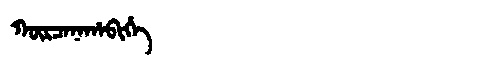
Manchu: ᡴᡡᡵᠴᠠᠨᠠᡥᠠᠪᡳᡥᡝ
Romanization: KŪRCANAHABIHE